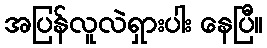
အပြန်လူလဲရှားပါး နေပြီ။